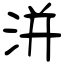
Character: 洴